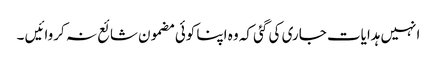
انہیں ہدایات جاری کی گئی کہ وہ اپنا کوئی مضمون شائع نہ کروائیں ۔